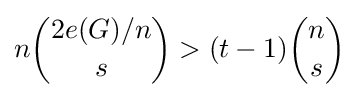
n{\binom {2e(G)/n}{s}}>(t-1){\binom {n}{s}}